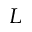
_ L